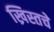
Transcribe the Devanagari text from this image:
ख्रिस्तचे